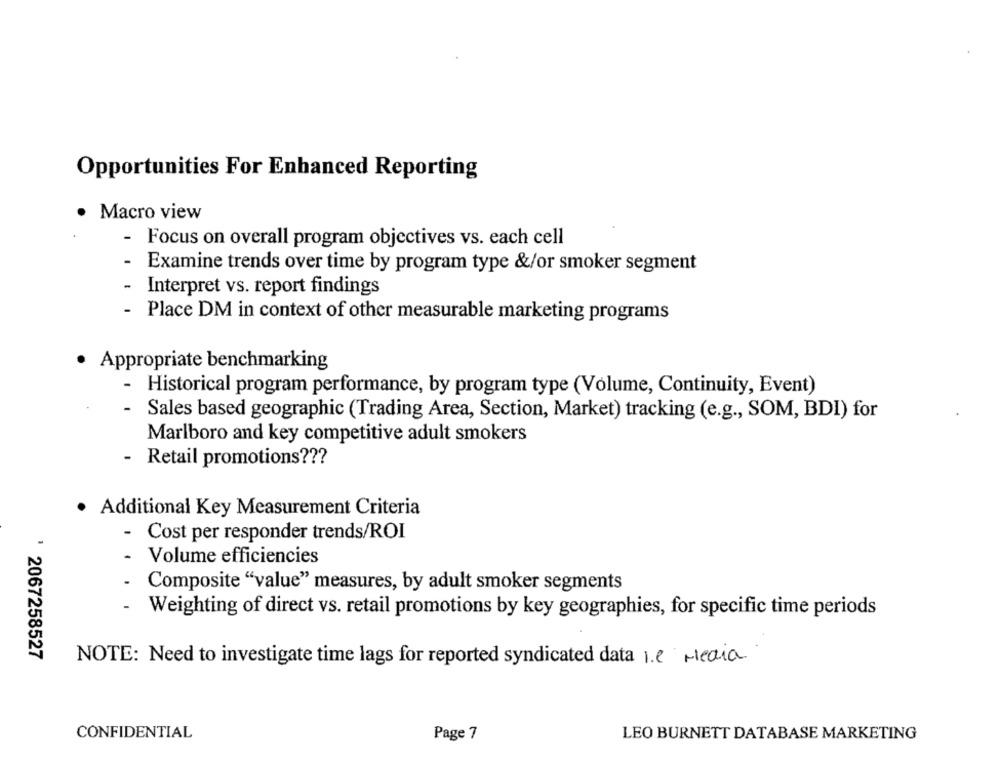
Opportunities For Enhanced Reporting
Macro view
- Focus on overall program objectives vs. each cell
- Examine trends over time by program type &/or smoker segment
- Interpret vs. report findings
- Place DM in context of other measurable marketing programs
Appropriate benchmarking
- Historical program performance, by program type (Volume, Continuity, Event)
- Sales based geographic (Trading Area, Section, Market) tracking (e.g ., SOM, BDI) for
Marlboro and key competitive adult smokers
- Retail promotions ???
· Additional Key Measurement Criteria
- Cost per responder trends/ROI
-
Volume efficiencies
Composite "value" measures, by adult smoker segments
- Weighting of direct vs. retail promotions by key geographies, for specific time periods
' 2067258527
NOTE: Need to investigate time lags for reported syndicated data 1.e Media
CONFIDENTIAL
Page 7
LEO BURNETT DATABASE MARKETING